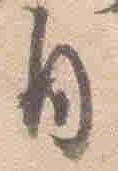
自